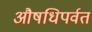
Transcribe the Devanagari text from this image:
औषधिपर्वत